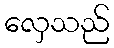
လှေသည်